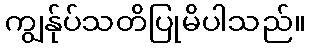
ကျွန်ုပ်သတိပြုမိပါသည်။